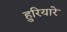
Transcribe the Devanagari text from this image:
हुरियारे